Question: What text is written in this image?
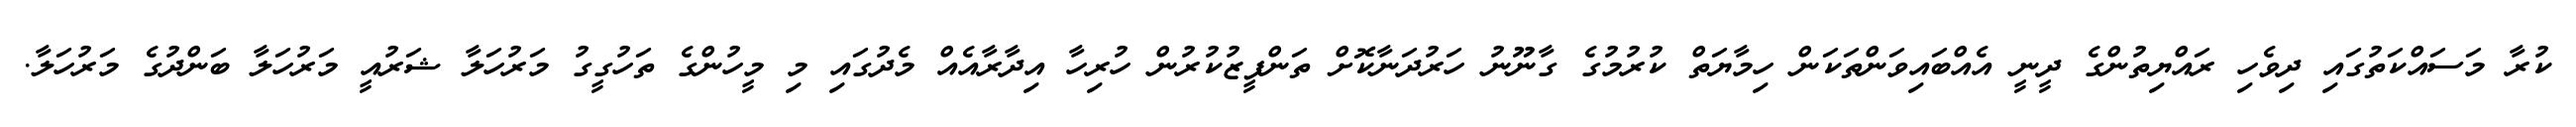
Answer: ކުރާ މަސައްކަތުގައި ދިވެހި ރައްޔިތުންގެ ދީނީ އެއްބައިވަންތަކަން ހިމާޔަތް ކުރުމުގެ ގާނޫނު ހަރުދަނާކޮށް ތަންފީޒުކުރުން ހުރިހާ އިދާރާއެއް މެދުގައި މި މީހުންގެ ތަހުގީގު މަރުހަލާ ޝަރުއީ މަރުހަލާ ބަންދުގެ މަރުހަލާ.